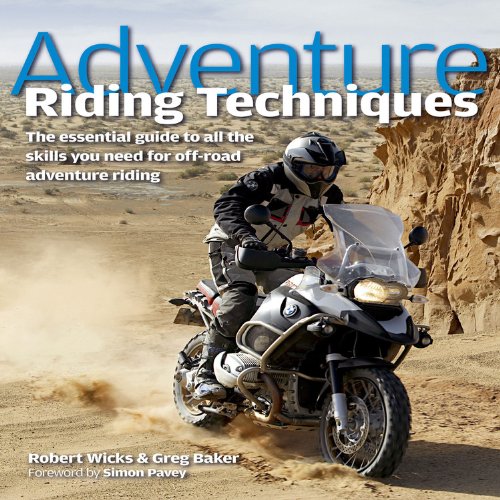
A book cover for Adventure Riding Techniques: The Essential Guide to All the Skills You Need for Off-Road Adventure Riding; Robert Wicks; Engineering & Transportation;